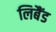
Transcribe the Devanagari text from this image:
लिबैंड